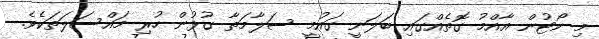
މި ކޯޓުން އާއްމު ގޮތެއްގައި ބަލަނީ ގައުމީ ސަލާމަތާ ގުޅުން ހުރި މައްސަލަތަކެވެ.